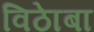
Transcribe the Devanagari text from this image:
विठाेबा